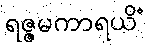
ရဇ္ဇမကာရယိံ